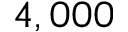
4 , 0 0 0